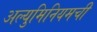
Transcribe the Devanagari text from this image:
अल्युमिनियमची